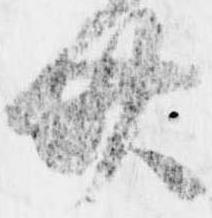
廿